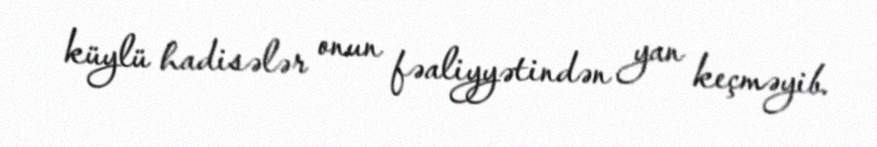
küylü hadisələr onun fəaliyyətindən yan keçməyib.